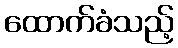
ထောက်ခံသည့်